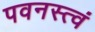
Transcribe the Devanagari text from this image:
पवनस्त्वं